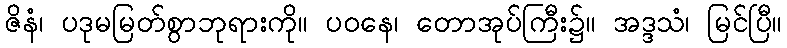
ဇိနံ၊ ပဒုမမြတ်စွာဘုရားကို။ ပဝနေ၊ တောအုပ်ကြီး၌။ အဒ္ဒသံ၊ မြင်ပြီ။